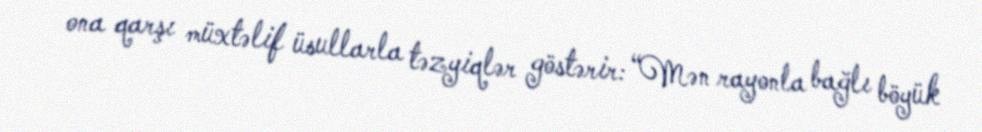
ona qarşı müxtəlif üsullarla təzyiqlər göstərir: “Mən rayonla bağlı böyük